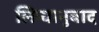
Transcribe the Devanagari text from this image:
लिप्यानुवाद